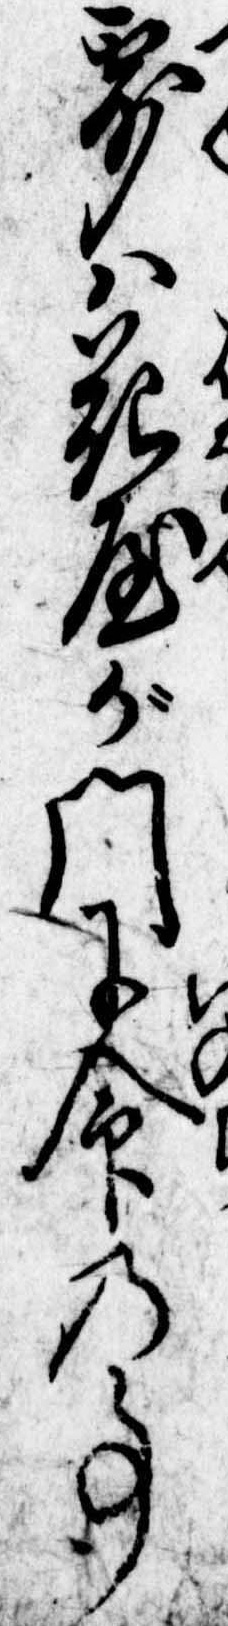
露は花屋が門に命の事